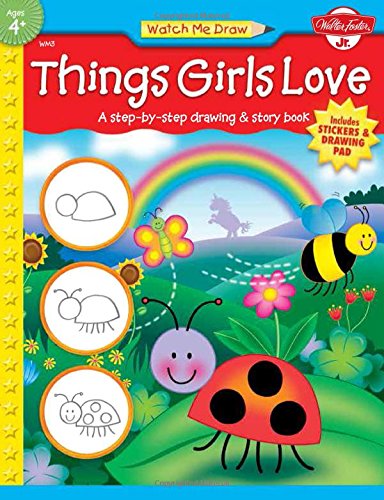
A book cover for Watch Me Draw: Things Girls Love; Jenna Winterberg; Children's Books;